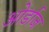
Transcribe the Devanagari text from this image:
ओर्डाज